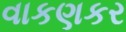
વાકણકર